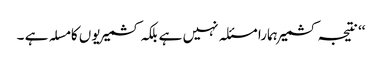
‘‘ نتیجہ کشمیر ہمارا مسئلہ نہیں ہے بلکہ کشمیریوں کا مسلہ ہے ۔